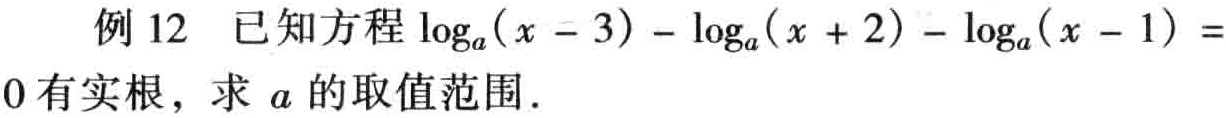
例 12 已知方程\(\log_{a}(x - 3)-\log_{a}(x + 2)-\log_{a}(x - 1)=0\)有实根，求 \(a\) 的取值范围．